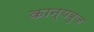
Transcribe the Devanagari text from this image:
कान्यबुज